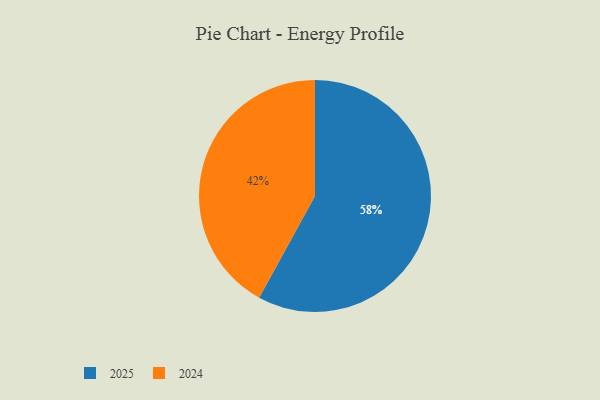
{"axis": {"x": "Category", "y": "Percentage"}, "legend": ["2024", "2025"], "data": [{"x": "2024", "y": 42, "type": "2024"}, {"x": "2025", "y": 58, "type": "2025"}]}